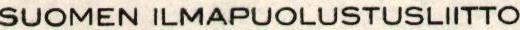
SUOMEN ILMAPUOLUSTUSLIITTO